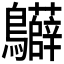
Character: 𪈙